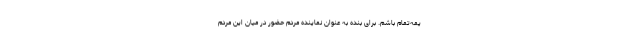
یمه‌تمام باشم. برای بنده به عنوان نماینده مردم حضور در میان این مردم